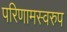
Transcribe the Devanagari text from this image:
परिणामस्‍वरुप